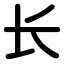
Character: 长